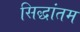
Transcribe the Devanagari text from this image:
सिद्धांतम